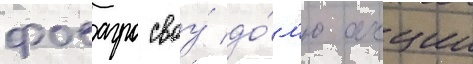
фосагро своу́ до́л'ю акции